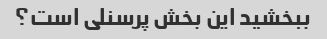
ببخشید این بخش پرسنلی است؟